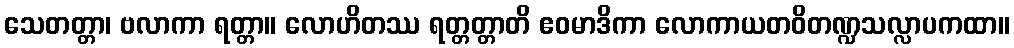
သေတတ္တာ၊ ဗလာကာ ရတ္တာ။ လောဟိတဿ ရတ္တတ္တာတိ ဧဝမာဒိကာ လောကာယတဝိတဏ္ဍသလ္လာပကထာ။